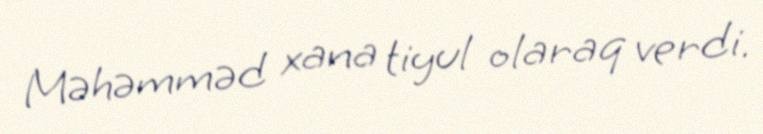
Məhəmməd xana tiyul olaraq verdi.